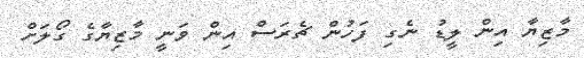
މާޒިޔާ އިން ލީޑު ނެގި ފަހުން ޗެރަސް އިން ވަނީ މާޒިޔާގެ ގޯލަށް